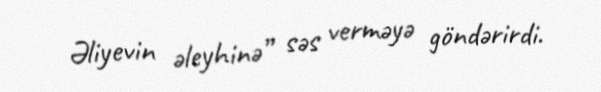
Əliyevin əleyhinə” səs verməyə göndərirdi.